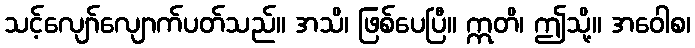
သင့်လျော်လျောက်ပတ်သည်။ အသိ၊ ဖြစ်ပေပြီ။ ဣတိ၊ ဤသို့။ အဝေါစ၊